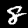
Label: 8